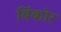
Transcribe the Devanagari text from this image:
बिंकोर